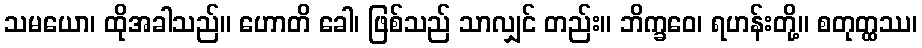
သမယော၊ ထိုအခါသည်။ ဟောတိ ခေါ၊ ဖြစ်သည် သာလျှင် တည်း။ ဘိက္ခဝေ၊ ရဟန်းတို့။ စတုတ္ထဿ၊